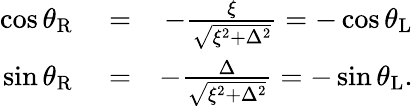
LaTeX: \begin{array}{rlr}{\cos\theta_{\mathrm{R}}}&{{}=}&{-\frac{\xi}{\sqrt{\xi^{2}+\Delta^{2}}}=-\cos\theta_{\mathrm{L}}}\\ {\sin\theta_{\mathrm{R}}}&{{}=}&{-\frac{\Delta}{\sqrt{\xi^{2}+\Delta^{2}}}=-\sin\theta_{\mathrm{L}}.}\end{array}